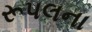
રૂપલના